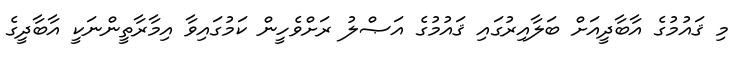
މި ޤައުމުގެ އާބާދީއަށް ބަލާއިރުގައި ޤައުމުގެ އަޞްލު ރަށްވެހީން ކަމުގައިވާ އިމާރާތީންނަކީ އާބާދީގެ